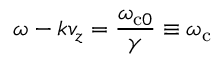
\omega - k v _ { z } = \frac { \omega _ { \mathrm { c } 0 } } { \gamma } \equiv \omega _ { \mathrm { c } }